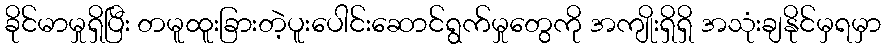
ခိုင်မာမှုရှိပြီး တမူထူးခြားတဲ့ပူးပေါင်းဆောင်ရွက်မှုတွေကို အကျိုးရှိရှိ အသုံးချနိုင်မှရမှာ